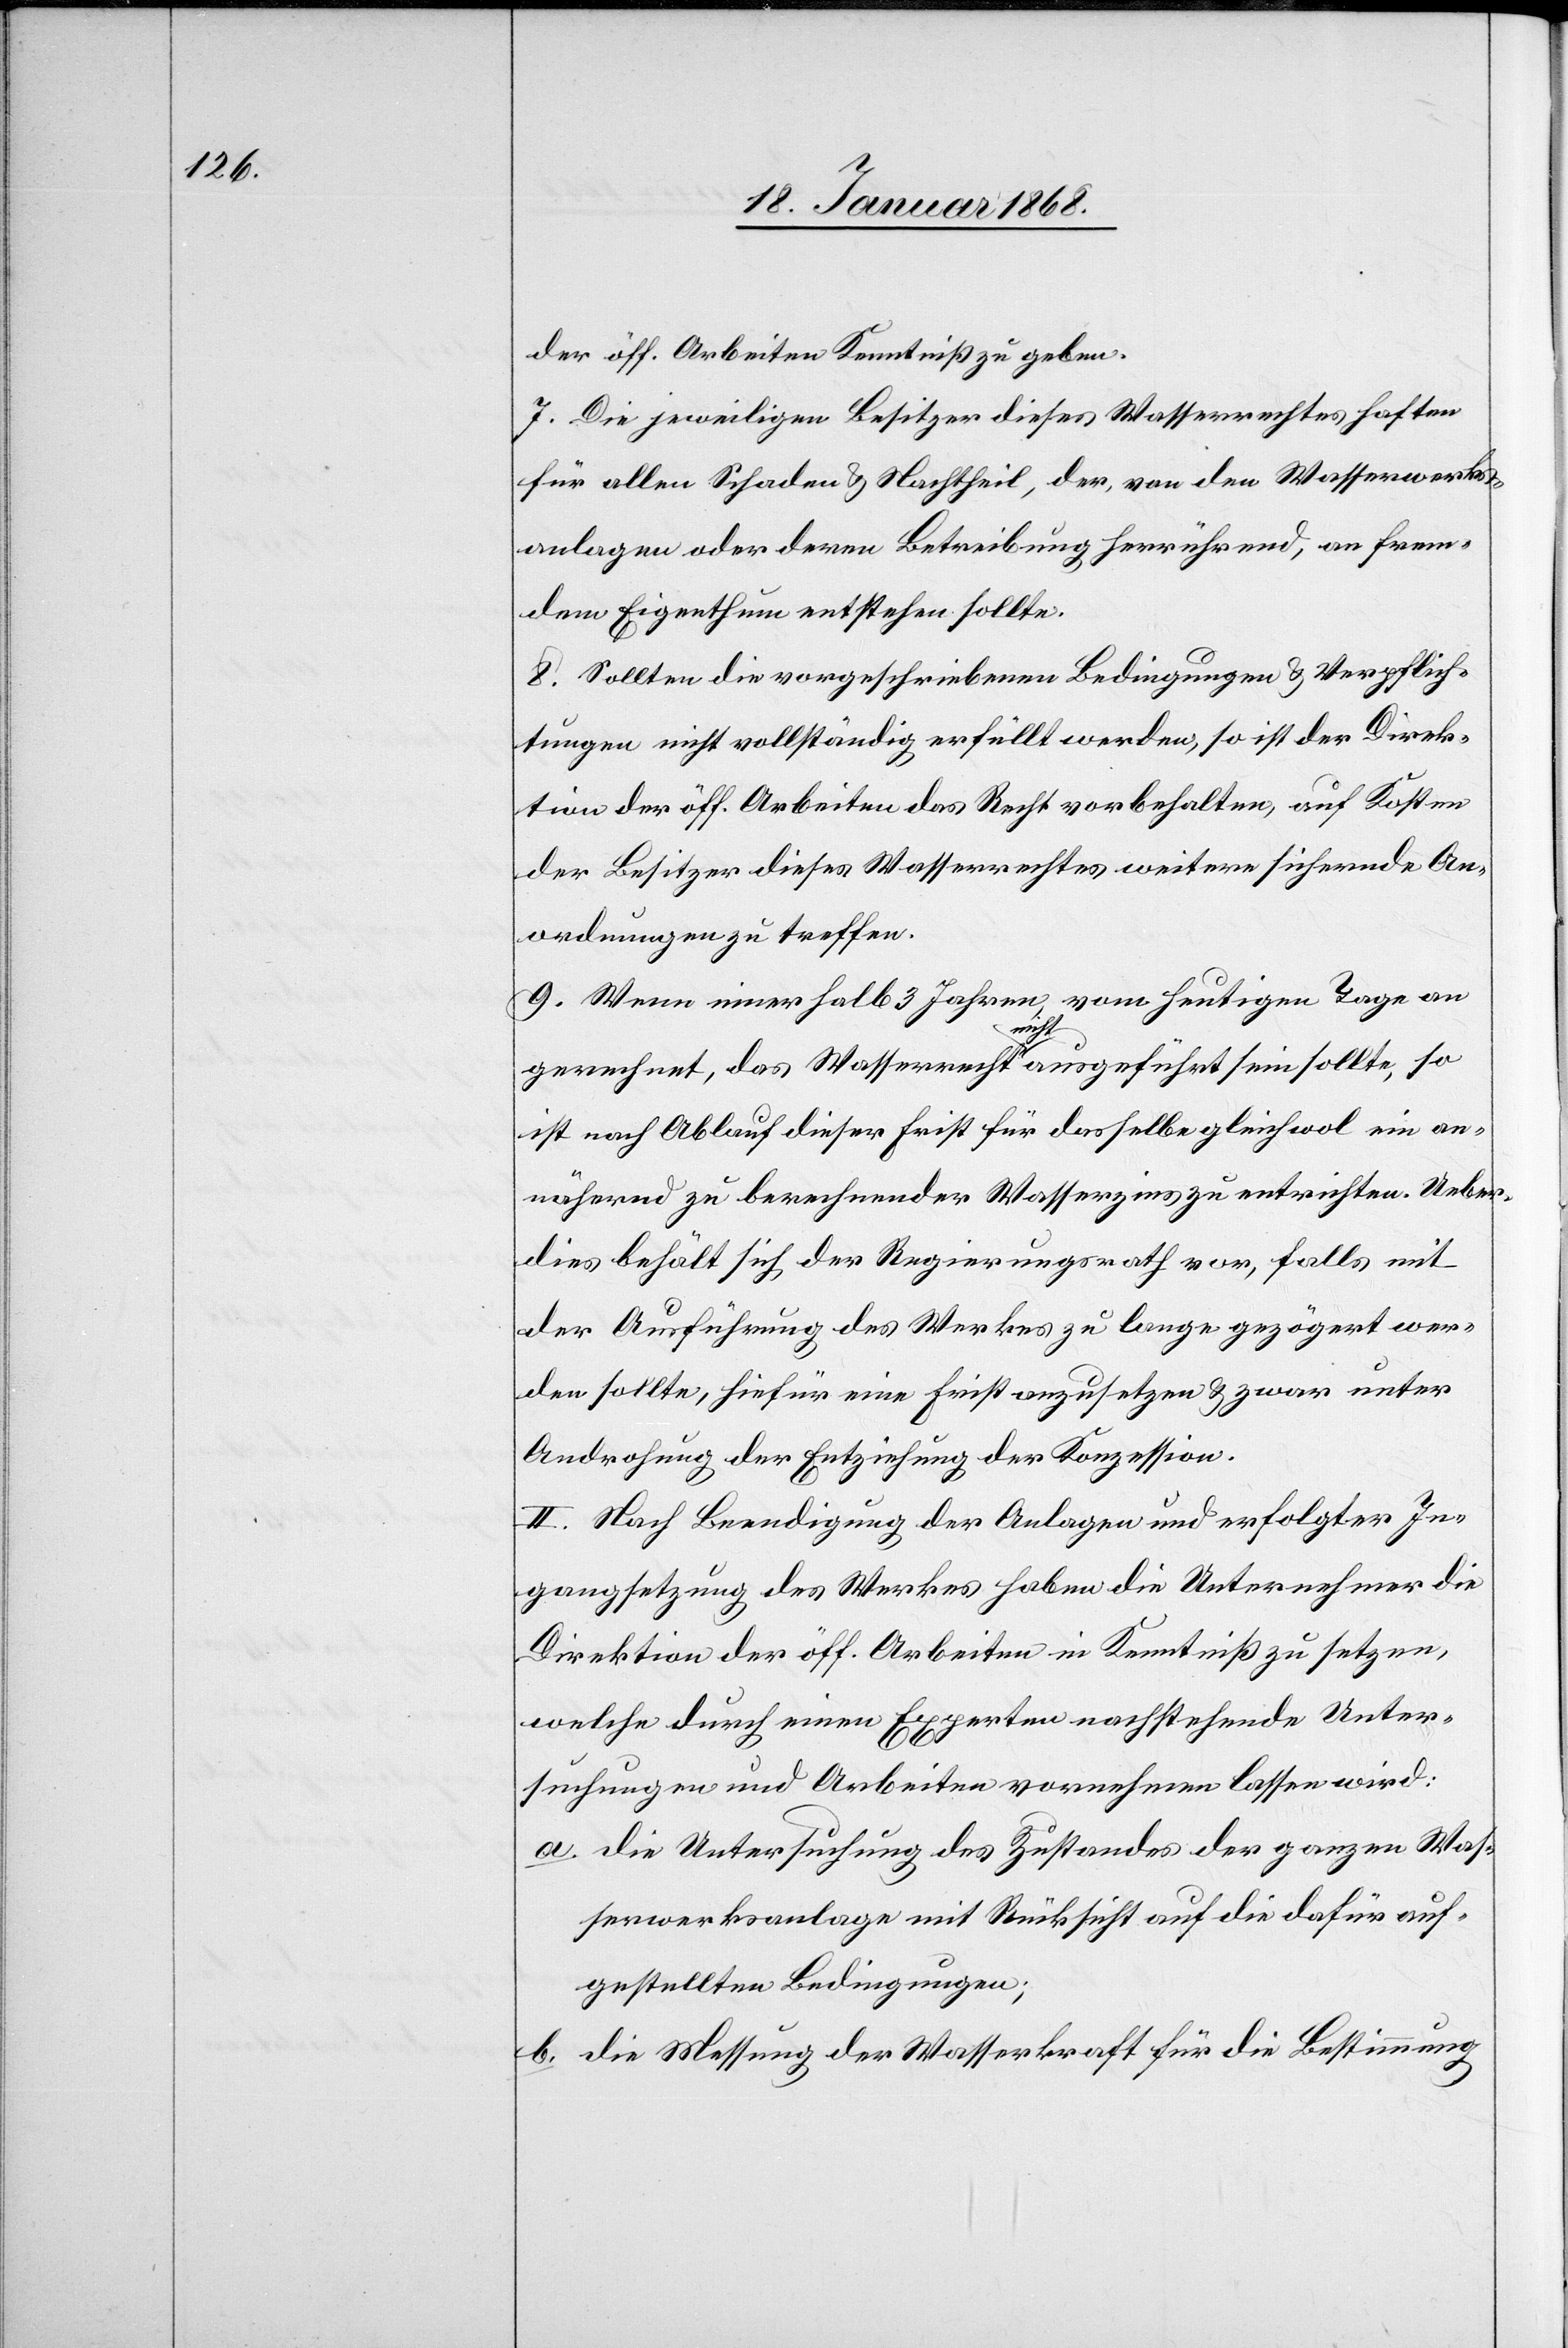
der öff. Arbeiten Kenntniß zu geben.
7. Die jeweiligen Besitzer dieses Wasserrechtes haften
für allen Schaden & Nachtheil, der, von den Wasserwerks¬
anlagen oder deren Betreibung herrührend, an frem¬
dem Eigenthum entstehen sollte.
8. Sollten die vorgeschriebenen Bedingungen & Verpflich¬
tungen nicht vollständig erfüllt werden, so ist der Direk¬
tion der öff. Arbeiten das Recht vorbehalten, auf Kosten
der Besitzer dieses Wasserrechtes weitere sichernde An¬
ordnungen zu treffen.
9. Wenn innerhalb 3 Jahren, vom heutigen Tage an
a.
gerechnet, das Wasserrecht nicht ausgeführt sein sollte, so
ist nach Ablauf dieser Frist für dasselbe gleichwol ein an¬
nähernd zu berechnender Wasserzins zu entrichten. Ueber¬
dies behält sich der Regierungsrath vor, falls mit
der Ausführung des Werkes zu lange gezögert wer¬
den sollte, hiefür eine Frist anzusetzen & zwar unter
Androhung der Entziehung der Konzession.
II. Nach Beendigung der Anlagen und erfolgter In¬
gangsetzung des Werkes haben die Unternehmer die
Direktion der öff. Arbeiten in Kenntniß zu setzen,
welche durch einen Experten nachstehende Unter¬
suchungen und Arbeiten vornehmen lassen wird:
die Untersuchung des Zustandes der ganzen Was¬
serwerksanlage mit Rücksicht auf die dafür auf¬
gestellten Bedingungen;
die Messung der Wasserkraft für die Bestimmung